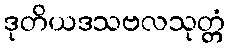
ဒုတိယဒသဗလသုတ္တံ